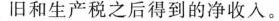
旧和生产税之后得到的净收入。